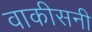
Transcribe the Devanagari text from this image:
वाकीसनी